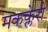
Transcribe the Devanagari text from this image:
मकक्लेरी